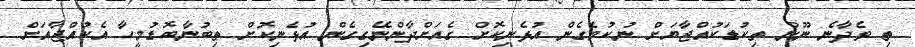
ތި ވެދާނެ ނޫން ތިކުޑަކުއްޖާޔަށް ނުކުމެގެން އުޅެނިކޮށް ގެއަށްދާންނޭގިގެން އުޅެނިކޮށް ތިބުނާބޮޑުމީހާ އެކުއްޖާއަށް